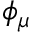
\phi _ { \mu }